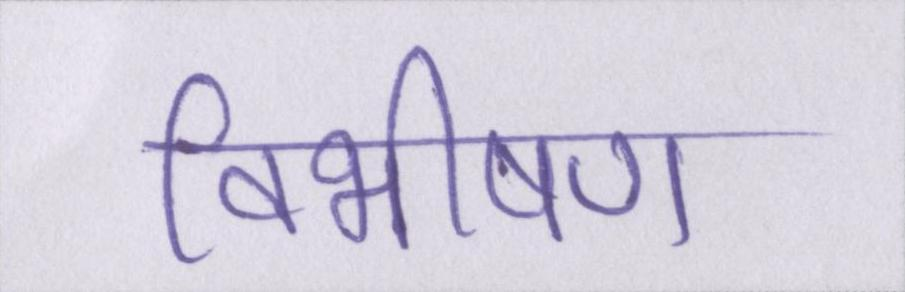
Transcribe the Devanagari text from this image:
विभीषण